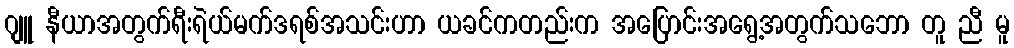
ဂျူ နီယာအတွက်ရီးရဲယ်မက်ဒရစ်အသင်းဟာ ယခင်ကတည်းက အပြောင်းအရွေ့အတွက်သဘော တူ ညီ မူ